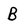
Character: B